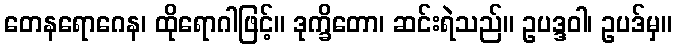
တေနရောဂေန၊ ထိုရောဂါဖြင့်။ ဒုက္ခိတော၊ ဆင်းရဲသည်။ ဥပဒ္ဒဝါ၊ ဥပဒ်မှ။